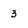
Character: 3